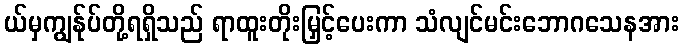
ယ်မှကျွန်ုပ်တို့ရရှိသည် ရာထူးတိုးမြှင့်ပေးကာ သံလျင်မင်းဘောဂသေနအား